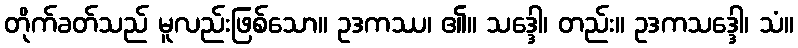
တိုက်ခတ်သည် မူလည်းဖြစ်သော။ ဥဒကဿ၊ ၏။ သဒ္ဒေါ၊ တည်း။ ဥဒကသဒ္ဒေါ၊ သံ။